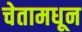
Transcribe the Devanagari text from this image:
चेतामधून